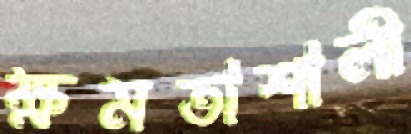
ক্ষমতাশালী